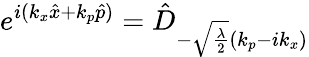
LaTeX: e^{i(k_{x}\hat{x}+k_{p}\hat{p})}=\hat{D}_{-\sqrt{\frac{\lambda}{2}}(k_{p}-ik_{x})}